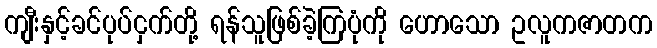
ကျီးနှင့်ခင်ပုပ်ငှက်တို့ ရန်သူဖြစ်ခဲ့ကြပုံကို ဟောသော ဥလူကဇာတက